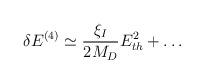
LaTeX: \begin{align*}\delta E^{(4)} \simeq \frac{\xi_I}{2M_D}E_{th}^2 + \dots \end{align*}